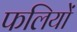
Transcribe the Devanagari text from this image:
फलियों